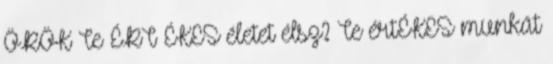
ÖRÖK Te ÉRT ÉKES életet élsz? Te értÉKES munkát